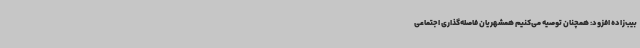
بیب‌زاده افزود: همچنان توصیه می‌کنیم همشهریان فاصله‌گذاری اجتماعی